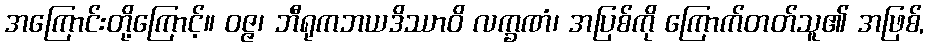
အကြောင်းတို့ကြောင့်။ ဝဇ္ဇ၊ ဘီရုကဘယဒိဿာဝိ လက္ခဏံ၊ အပြစ်ကို ကြောက်တတ်သူ၏ အဖြစ်,